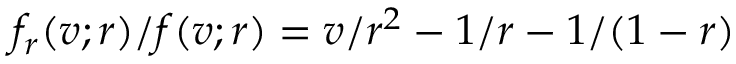
f _ { r } ( v ; r ) / f ( v ; r ) = v / r ^ { 2 } - 1 / r - 1 / ( 1 - r )